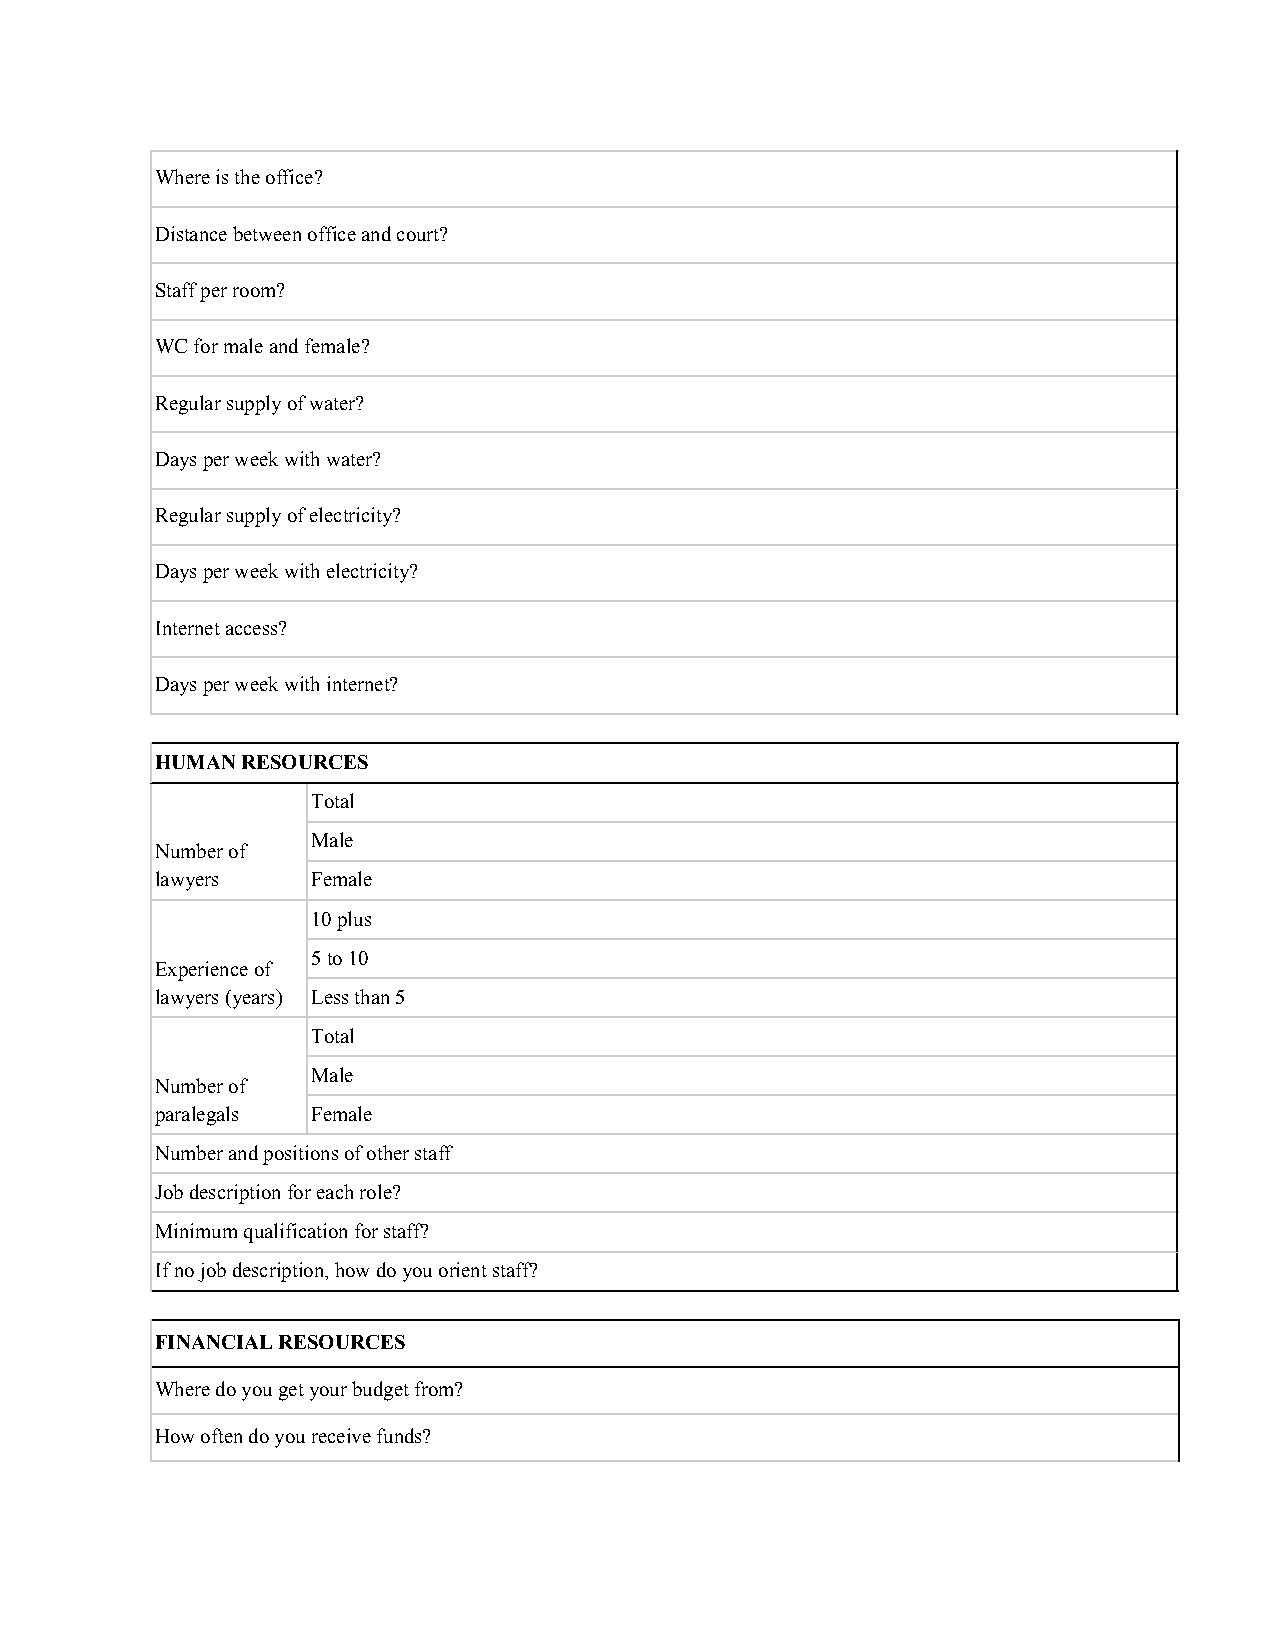
Where is the office?
 Distance between office and court?
 Staff per room?
 WC for male and female?
 Regular supply of water?
 Days per week with water?
 Regular supply of electricity?
 Days per week with electricity?
 Internet access?
 Days per week with internet?
 HUMAN RESOURCES
 Total
 Male
 Number of
 lawyers    Female
 10 plus
 5 to 10
 Experience of
 lawyers (years) Less than 5
 Total
 Male
 Number of
 paralegals Female
 Number and positions of other staff
 Job description for each role?
 Minimum qualification for staff?
 If no job description, how do you orient staff?
 FINANCIAL RESOURCES
 Where do you get your budget from?
 How often do you receive funds?